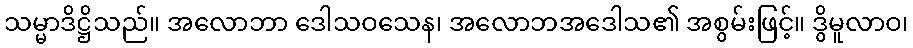
သမ္မာဒိဋ္ဌိသည်။ အလောဘာ ဒေါသဝသေန၊ အလောဘအဒေါသ၏ အစွမ်းဖြင့်။ ဒွိမူလာဝ၊